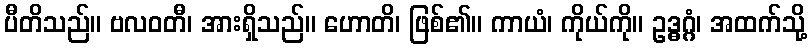
ပီတိသည်။ ဗလဝတီ၊ အားရှိသည်။ ဟောတိ၊ ဖြစ်၏။ ကာယံ၊ ကိုယ်ကို။ ဥဒ္ဓဂ္ဂံ၊ အထက်သို့